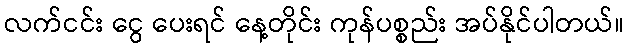
လက်ငင်း ငွေ ပေးရင် နေ့တိုင်း ကုန်ပစ္စည်း အပ်နိုင်ပါတယ်။